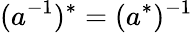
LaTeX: (a^{-1})^{*}=(a^{*})^{-1}